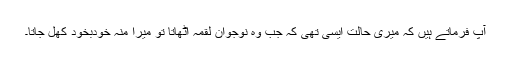
آپ فرماتے ہیں کہ میری حالت ایسی تھی کہ جب وہ نوجوان لقمہ اٹھاتا تو میرا منہ خودبخود کھل جاتا۔